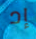
إد